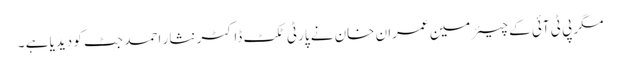
مگر پی ٹی آئی کے چیئرمین عمران خان نے پارٹی ٹکٹ ڈاکٹر نثار احمد جٹ کو دیدیا ہے ۔